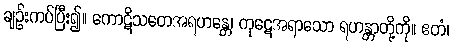
ချဉ်းကပ်ပြီး၍။ ကောဋိသတေအရဟန္တေ၊ ကုဋေအရာသော ရဟန္တာတို့ကို။ ဧတံ၊